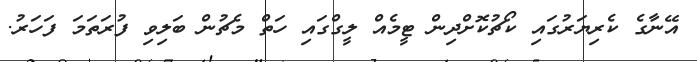
އޭނާގެ ކެރިޔަރުގައި ކޯޗުކޮށްދިން ޓީމެއް ލީގްގައި ހަތް މެޗުން ބަލިވި ފުރަތަމަ ފަހަރު.